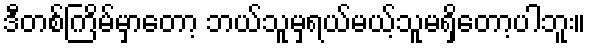
ဒီတစ်ကြိမ်မှာတော့ ဘယ်သူမှရယ်မယ့်သူမရှိတော့ပါဘူး။